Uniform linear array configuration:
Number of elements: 4
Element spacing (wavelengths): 0.5
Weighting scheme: hamming
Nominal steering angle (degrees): -30
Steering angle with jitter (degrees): -28.298
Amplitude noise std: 0.05
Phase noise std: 0.05

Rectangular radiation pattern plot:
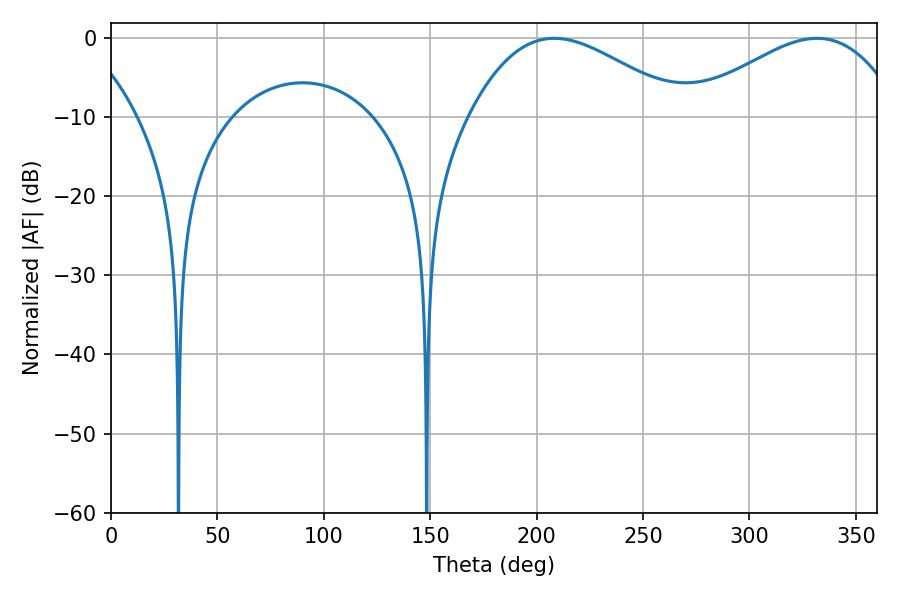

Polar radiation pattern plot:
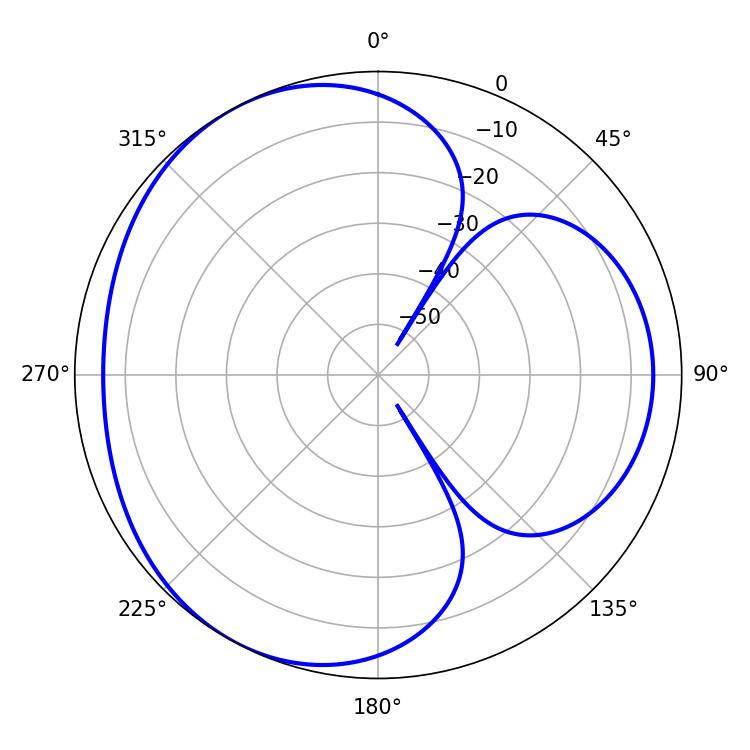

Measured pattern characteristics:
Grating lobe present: FALSE
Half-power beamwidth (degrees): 54.36
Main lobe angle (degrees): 208.26